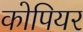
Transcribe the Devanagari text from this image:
कोपियर